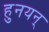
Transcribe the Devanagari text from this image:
हुनयन्